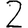
Digit: 2